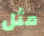
مثل